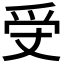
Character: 𤓾